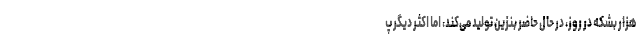
هزار بشکه در روز، در حال حاضر بنزین تولید می‌کند، اما اکثر دیگر پ